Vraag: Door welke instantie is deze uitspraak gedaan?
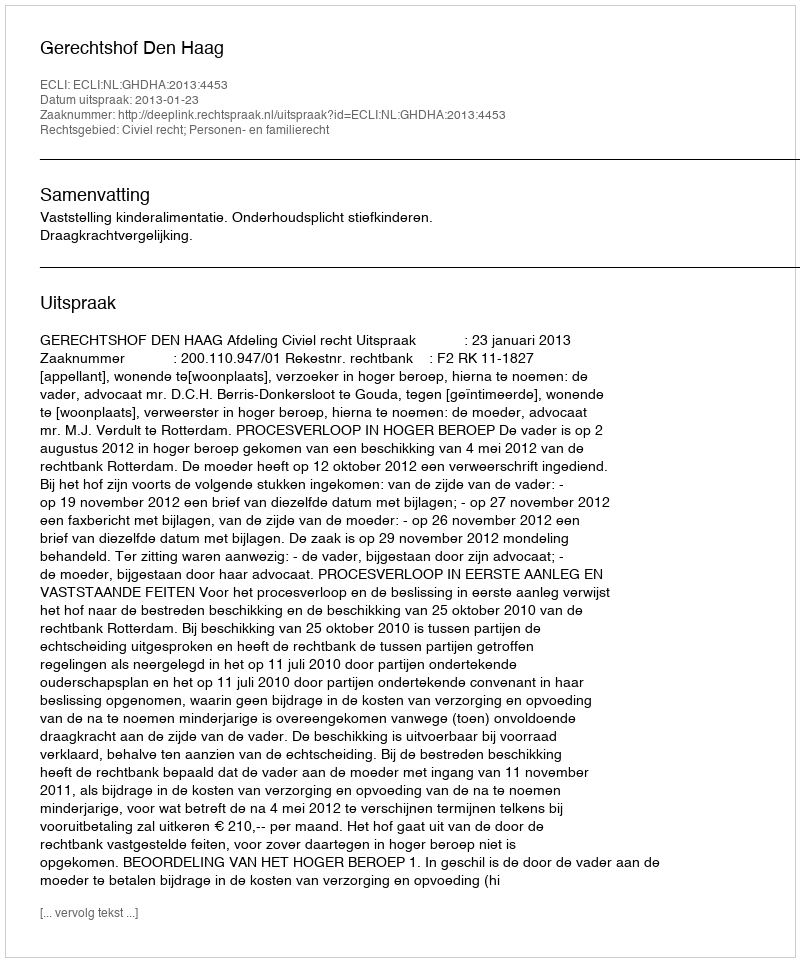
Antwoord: Gerechtshof Den Haag